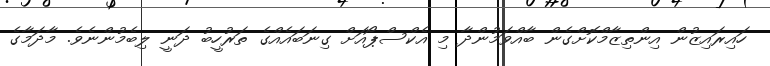
ހައިރައިޒުން އިންތިޒާމްކޮށްގެން ބާއްވަމުންދާ މި އެކްސްޕޯއަށް ގިނަބައެއްގެ ތަރުހީބު ދަނީ ލިބެމުންނެވެ. މާދަމާގެ